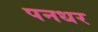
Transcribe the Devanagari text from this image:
पनधर